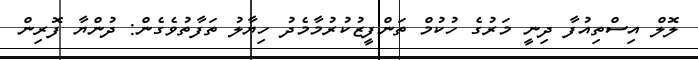
ލޮލް އިސްތިއުފާ ދިނީ މަރުގެ ހުކުމް ތަންފީޒުކުރުމާމެދު ހިޔާލު ތަފާތުވެގެން: ދުންޔާ ފޮރިން